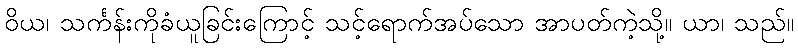
ဝိယ၊ သင်္ကန်းကိုခံယူခြင်းကြောင့် သင့်ရောက်အပ်သော အာပတ်ကဲ့သို့။ ယာ၊ သည်။